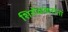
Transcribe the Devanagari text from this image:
शिरोळकरांना